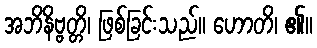
အဘိနိဗ္ဗတ္တိ၊ ဖြစ်ခြင်းသည်။ ဟောတိ၊ ၏။